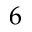
6